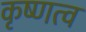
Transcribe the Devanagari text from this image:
कृष्णत्व